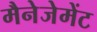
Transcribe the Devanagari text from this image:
मैनेजेमेंट